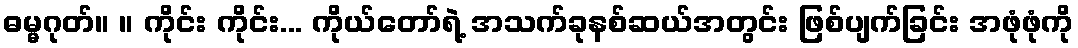
ဓမ္မဂုတ်။ ။ ကိုင်း ကိုင်း... ကိုယ်တော်ရဲ့ အသက်ခုနစ်ဆယ်အတွင်း ဖြစ်ပျက်ခြင်း အဖုံဖုံကို